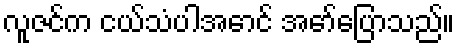
လူဇင်က ငယ်သံပါအောင် အော်ပြောသည်။